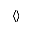
\langle \rangle